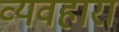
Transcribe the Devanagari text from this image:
व्यवहारा